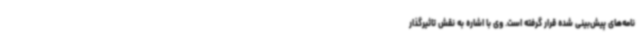
نامه‌های پیش‌بینی شده قرار گرفته است. وی با اشاره به نقش تاثیرگذار